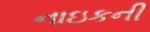
નાઇકની